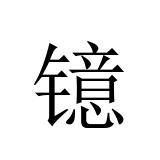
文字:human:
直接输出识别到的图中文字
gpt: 镱